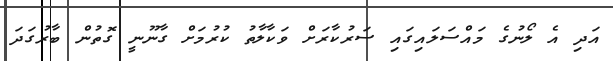
އަދި އެ ލޯނުގެ މައްސަލައިގައި ސަރުކާރަށް ވަކާލާތު ކުރުމަށް ގާނޫނީ ގޮތުން ބާރުގަދަ